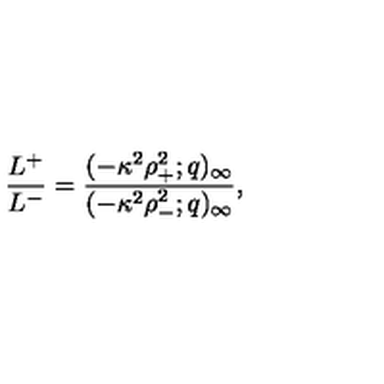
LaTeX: \frac { L ^ { + } } { L ^ { - } } = \frac { ( - \kappa ^ { 2 } \rho _ { + } ^ { 2 } ; q ) _ { \infty } } { ( - \kappa ^ { 2 } \rho _ { - } ^ { 2 } ; q ) _ { \infty } } ,